Leningradi_Edasi_toimetus, lk 29
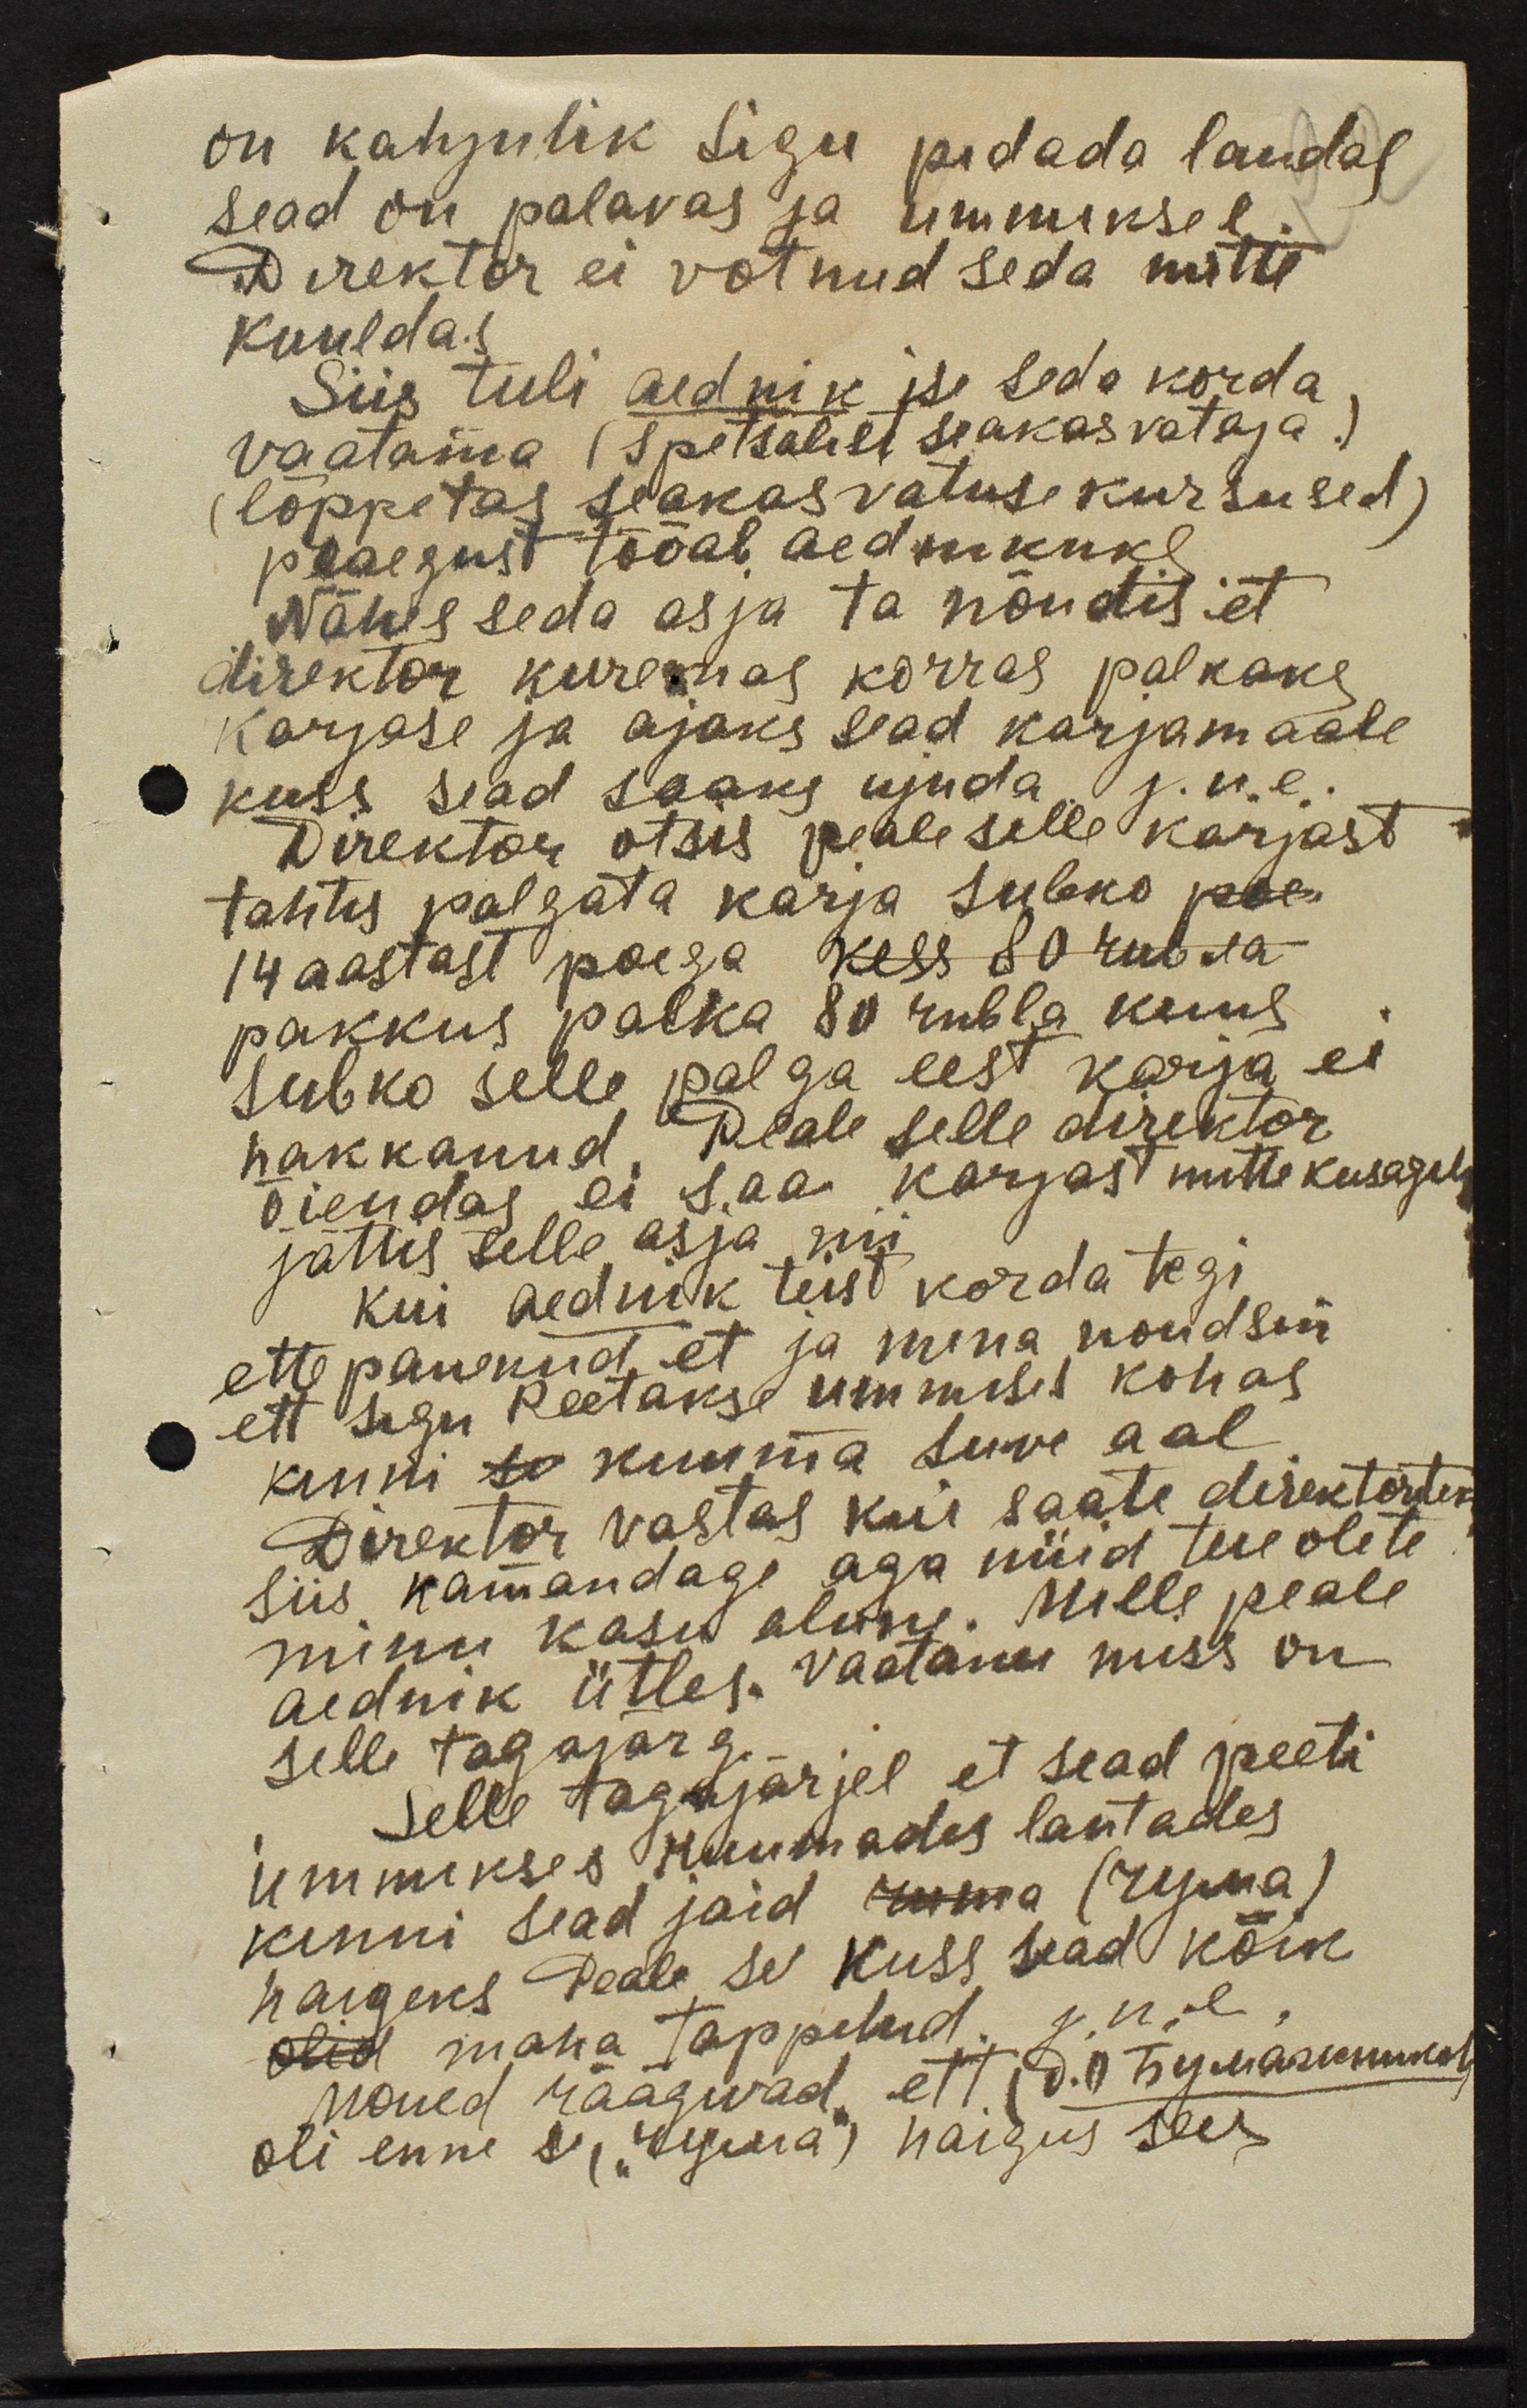
on kahjulik sigu pidada laudal
sead on palavas ja ummiksel.
Direktor ei võtnud seda mitte
kuuldas
Siis tuli aednik ise seda korda
vaatama (Spetsalist seakasvataja.)
(lõppetas seakasvatuse kursused)
peaegust tööab aednikukl
Nähes seda asja ta nõudis et
direktor kiiremas korras palkaks
Karjase ja ajaks sead karjamaale
kuss sead saaks ujuda j.n.e.
Direktor otsis peale selle karjast
tahtis palgata karja subko poe-
14 aastast poega kess 80 rubla-
pakkus palka 80 rubla kuus
subko selle palga eest karja ei
hakkanud. Peale selle direktor
õiendas ei saa karjast mitte kusagilt
jättis selle asja nii
kui aednik teist korda tegi
ette panekud, et ja mina noudsin
ett sigu peetakse ummises kohas
kinni so kuuma suwe aal.
Direktor vastas kui saate direktoritek
siis kamandage aga nüid teie olete
minu kasu alune. Mille peale
aidnik ütles. vaatame miss on
selle tagajärg
Selle tagajärjel, et sead peeti
ummikses ruumades lautades
kinni sead jäid roma (reppa),
haigeks Peale se kuss sead kõik
olid maha tappetud, j.n.e
noned rääguvad, ett. d. l. tõymasummised,
oli enne 1 (Segema) haigus sees